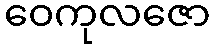
ဝေကုလဇော